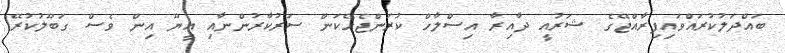
ބައްދަލުކުރައްވައިފިރާއްޖޭގެ ޝަރުއީ ދާއިރާ އިސްލާހް ކުރަންޖެހޭކަން ސަރުކާރުންނާއި އީޔޫ އިން ވެސް ގަބޫލުކުރޭ!